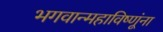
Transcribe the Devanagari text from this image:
भगवान्महाविष्णूंना